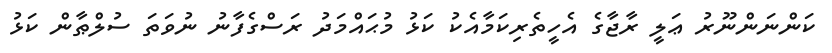
ކަންނަންނޫރު ޢަލީ ރާޖާގެ އެހީތެރިކަމާއެކު ކަޅު މުޙައްމަދު ރަސްގެފާނު ނުވަތަ ސުލްޠާން ކަޅު